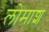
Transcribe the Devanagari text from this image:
लोमाश